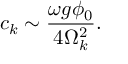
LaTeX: c _ { k } \sim \frac { \omega g \phi _ { 0 } } { 4 \Omega _ { k } ^ { 2 } } .